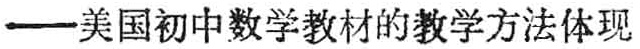
—美国初中数学教材的教学方法体现